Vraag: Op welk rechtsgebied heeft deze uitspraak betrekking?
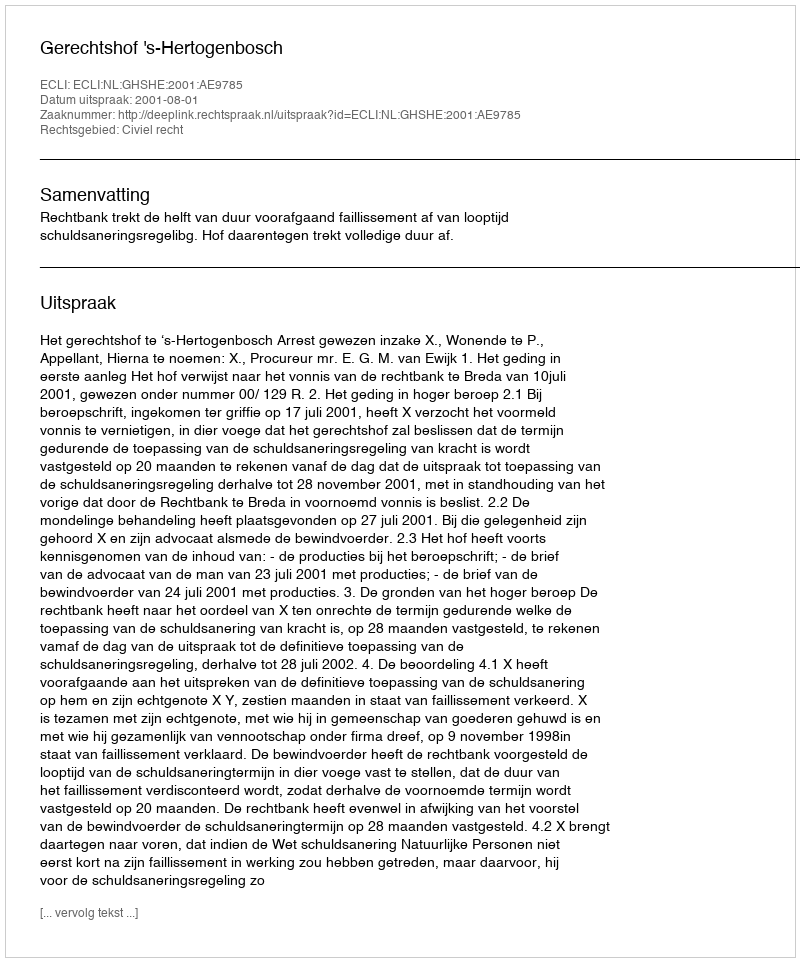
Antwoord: Civiel recht